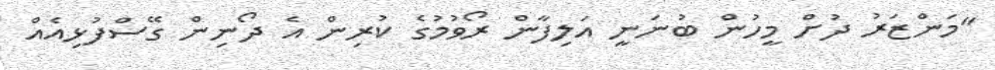
"މަންޒަރު ދުށް މީހުން ބުނަނީ އަލިފާން ރޯވުމުގެ ކުރިން އެ ދޯނިން ގޭސްފުޅިއެއް